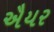
ઐયર